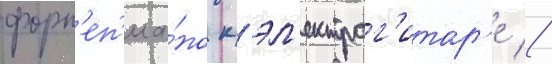
форт'еп'иа́но к эл'ектрог'итар'е //